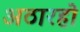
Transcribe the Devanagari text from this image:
अठारहो